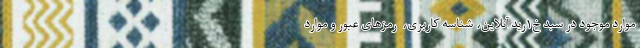
موارد موجود در سبد خ۱رید آنلاین، شناسه کاربری، ‌ رمزهای عبور و موارد